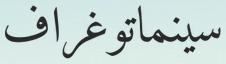
سينماتوغراف